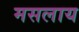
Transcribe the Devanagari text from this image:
मसलाय